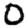
Digit: 0